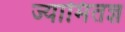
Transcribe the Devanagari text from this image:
ज्यामितज्ञ